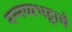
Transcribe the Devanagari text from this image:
नन्नय्यभट्टाचे